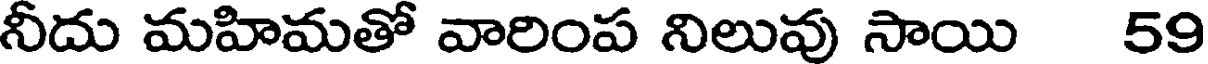
నీదు మహిమతో వారింప నిలువు సాయి 59